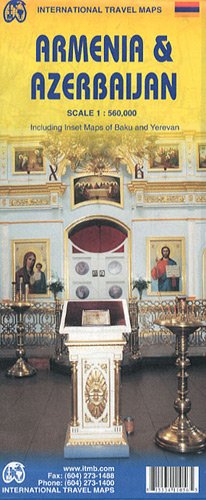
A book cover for Azerbaijan & Armenia 1:560,000 including inset of BAku and Yerevan (International Travel Maps); ITMB Canada; Travel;